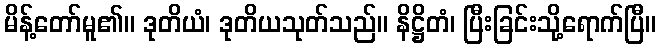
မိန့်တော်မူ၏။ ဒုတိယံ၊ ဒုတိယသုတ်သည်။ နိဋ္ဌိတံ၊ ပြီးခြင်းသို့ရောက်ပြီ။